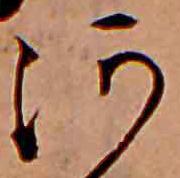
河